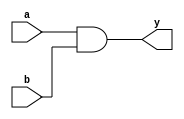
module _and2(a, b, y);		// 2 to 1 and gate
	input a, b;
	output y;
	
	assign y = a & b;
	
endmodule

module _nand2(a, b, y);		// 2 to 1 nand gate
	input a, b;
	output y;
	
	assign y = ~(a & b);
	
endmodule

module _or2(a, b, y);		// 2 to 1 or gate
	input a, b;
	output y;
	
	assign y = a | b;
	
endmodule

module _inv(a, y);		// inverter
	input a;
	output y;
	
	assign y = ~a;
	
endmodule

module _xor2(a, b, y);		// 2 to 1 exclusive or gate
	input a, b;
	output y;
	wire inv_a, inv_b;
	wire w0, w1;
	
	// inverting a and b
	_inv inv0(.a(a), .y(inv_a));
	_inv inv1(.a(b), .y(inv_b));
	
	// use two and gates for between a and not b or between not a and b
	_and2 ad20(a, inv_b, w0);
	_and2 ad21(b, inv_a, w1);
	
	// connect both result of two and gates with or gate
	_or2 or20(w0, w1, y);
	
endmodule

module _and3(a, b, c, y);		// 3 to 1 and gate
	input a, b, c;
	output y;
	
	assign y = a & b & c;
	
endmodule

module _and4(a, b, c, d, y);		// 4 to 1 and gate
	input a, b, c, d;
	output y;
	
	assign y = a & b & c & d;
	
endmodule

module _and5(a, b, c, d, e, y);		// 5 to 1 and gadte
	input a, b, c, d, e;
	output y;
	
	assign y = a & b & c & d & e;
	
endmodule

module _or3(a, b, c, y);		// 3 to 1 or gate
	input a, b, c;
	output y;
	
	assign y = a | b | c;
	
endmodule

module _or4(a, b, c, d, y);		// 4 to 1 or gate
	input a, b, c, d;
	output y;
	
	assign y = a | b | c | d;
	
endmodule

module _or5(a, b, c, d, e, y);		// 5 to 1 or gate
	input a, b, c, d, e;
	output y;
	
	assign y = a | b | c | d | e;
	
endmodule

module _inv_4bits(a, y);		// 4-bit inverter
	input [3:0] a;
	output [3:0] y;
	
	assign y = ~a;
	
endmodule

module _and2_4bits(a, b, y);		// 4-bit 2 to 1 and gate
	input [3:0] a, b;
	output [3:0] y;
	
	assign y = a & b;
	
endmodule

module _or2_4bits(a, b, y);		// 4-bit 2 to 1 or gate
	input [3:0] a, b;
	output [3:0] y;
	
	assign y = a | b;
	
endmodule

module _xor2_4bits(a, b, y);		// 4-bit 2 to 1 xor gate
	input [3:0] a, b;
	output [3:0] y;
	
	// instance 1-bit 2 to 1 xor gate
	_xor2 xor20(.a(a[0]), .b(b[0]), .y(y[0]));
	_xor2 xor21(.a(a[1]), .b(b[1]), .y(y[1]));
	_xor2 xor22(.a(a[2]), .b(b[2]), .y(y[2]));
	_xor2 xor23(.a(a[3]), .b(b[3]), .y(y[3]));
	
endmodule

module _xnor2_4bits(a, b, y);		// 4-bit 2 to 1 xnor gate
	input [3:0] a, b;
	output [3:0] y;
	wire [3:0] w;
	
	// use 4-bit 2 to 1 xor gate and inverting result with 4-bit inverter to get result of xnor
	_xor2_4bits xor20_4bits(.a(a), .b(b), .y(w));
	_inv_4bits inv_bits(.a(w), .y(y));
	
endmodule